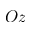
O z